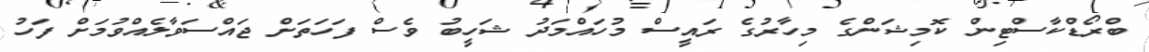
ބްރޯޑްކާސްޓިން ކޮމިޝަންގެ މިހާރުގެ ރައީސް މުހައްމަދު ޝަހީބު ވެސް ފަހަތަށް ޖައްސަވާލެއްވުމަށް ފަހު